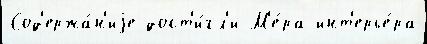
Сод'ержа́н'иjе дост'и́гл'и М'е́ра инт'ерье́ра